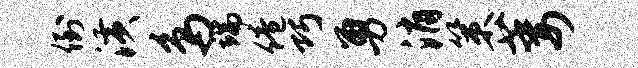
倒潢鸟端倦巧勇消策萎